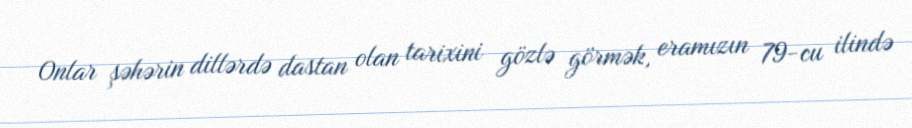
Onlar şəhərin dillərdə dastan olan tarixini gözlə görmək, eramızın 79-cu ilində